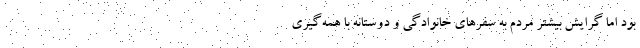
بود اما گرایش بیشتر مردم به سفرهای خانوادگی و دوستانه با همه‌گیری